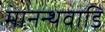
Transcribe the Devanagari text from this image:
मानन्थवाडि